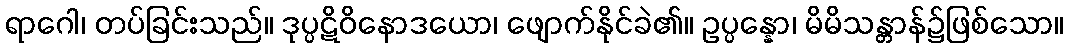
ရာဂေါ၊ တပ်ခြင်းသည်။ ဒုပ္ပဋိဝိနောဒယော၊ ဖျောက်နိုင်ခဲ၏။ ဥပ္ပန္နော၊ မိမိသန္တာန်၌ဖြစ်သော။